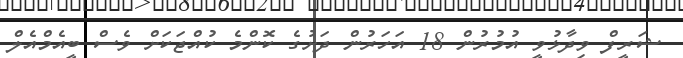
ޝަރީފް ވިދާޅުވީ އުމުރުން 18 އަހަރުން ދަށުގެ ކޮންމެ ކުއްޖަކަށް ވެސް ބީއެމްއެލް